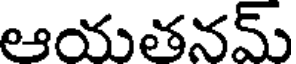
ఆయతనమ్